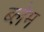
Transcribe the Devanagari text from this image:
ब्लेम